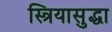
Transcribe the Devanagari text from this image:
स्त्रियासुद्धा